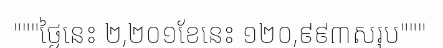
"""ថ្ងៃនេះ ២,២០១ខែនេះ ១២០,៩៩៣សរុប"""